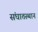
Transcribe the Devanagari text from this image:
संघातस्थान